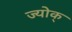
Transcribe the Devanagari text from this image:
ज्योक्